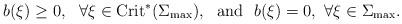
LaTeX: \begin{align*}b(\xi)\geq0,~~\forall \xi\in\mbox{Crit}^{*}(\Sigma_{\max}),~~\mbox{and}~~b(\xi)=0,~\forall\xi\in\Sigma_{\max}.\end{align*}